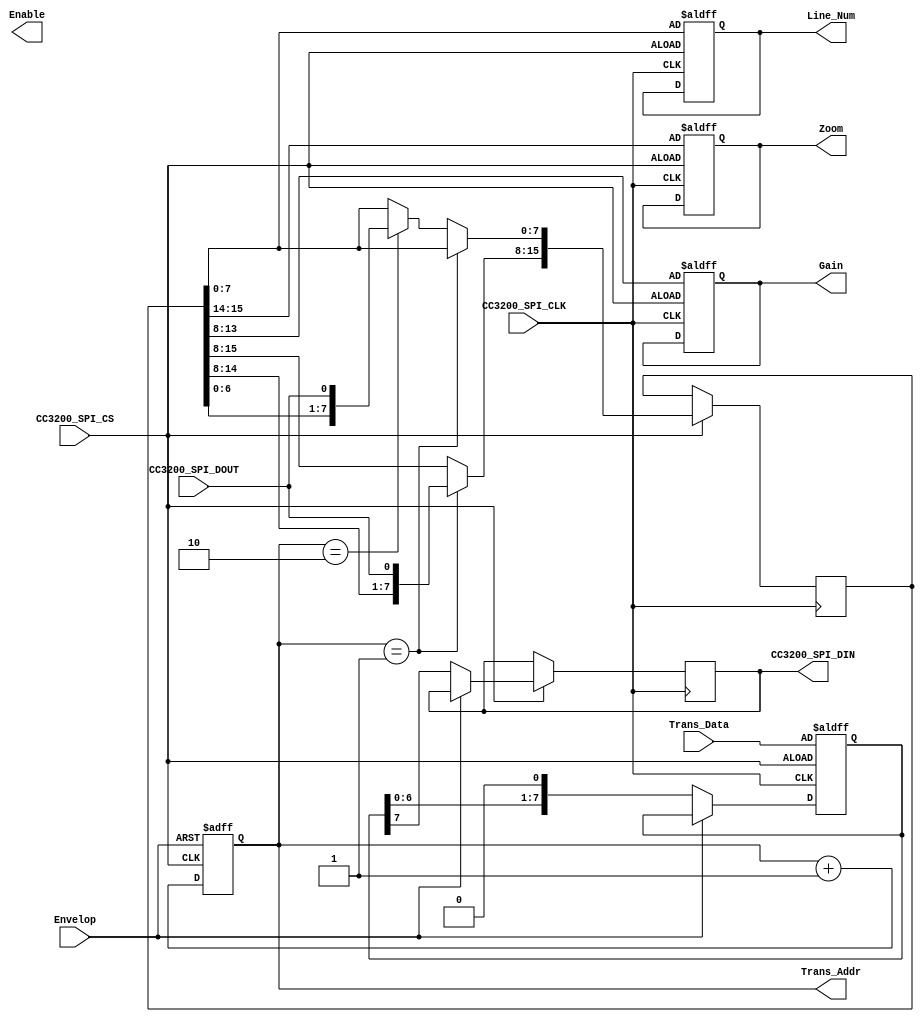
module ComWithCC3200_1(
	input CC3200_SPI_CLK,
	input CC3200_SPI_CS,
	output reg CC3200_SPI_DIN,
	input CC3200_SPI_DOUT,
	input Envelop,
	output reg [7:0] Line_Num, 
	output reg Enable,
	output reg [1:0] Zoom,
	output reg [5:0] Gain,
	input  [7:0] Trans_Data,
	output reg [8:0] Trans_Addr
);
	reg [15:0] Config_Data_Shift;
    reg [3:0] SPI_Counter;
    reg [7:0] Shift_Data;
	always @(posedge CC3200_SPI_CLK or negedge CC3200_SPI_CS ) begin
		if(~CC3200_SPI_CS) begin
			Line_Num  <= Config_Data_Shift[7:0];
			Zoom      <= Config_Data_Shift[15:14];
			Gain      <= Config_Data_Shift[13:8];
		end
		else begin
			if(Trans_Addr == 9'd1 ) begin 
				Config_Data_Shift[15:8] <={Config_Data_Shift[14:8],CC3200_SPI_DOUT};
			end
			else if(Trans_Addr == 9'd2 ) begin 
				Config_Data_Shift[7:0] <={Config_Data_Shift[6:0],CC3200_SPI_DOUT} ;
			end
		end
	end
	always @(negedge CC3200_SPI_CLK or negedge CC3200_SPI_CS ) begin
		if(~CC3200_SPI_CS) begin
			SPI_Counter <= 8'd0;
			Shift_Data <=Trans_Data;
		end
		else begin
			if(~Envelop) begin 
				SPI_Counter <= SPI_Counter + 1'b1;
				CC3200_SPI_DIN <= Shift_Data[7];
				Shift_Data <= Shift_Data <<1;
			end
		end
	end	
	always @(posedge CC3200_SPI_CS or posedge Envelop) begin
		if(Envelop) begin
			Trans_Addr  <= 9'd0;
		end
		else begin
			Trans_Addr <= Trans_Addr + 1'b1;
		end
	end	
endmodule